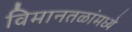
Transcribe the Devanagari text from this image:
विमानतळांमध्ये